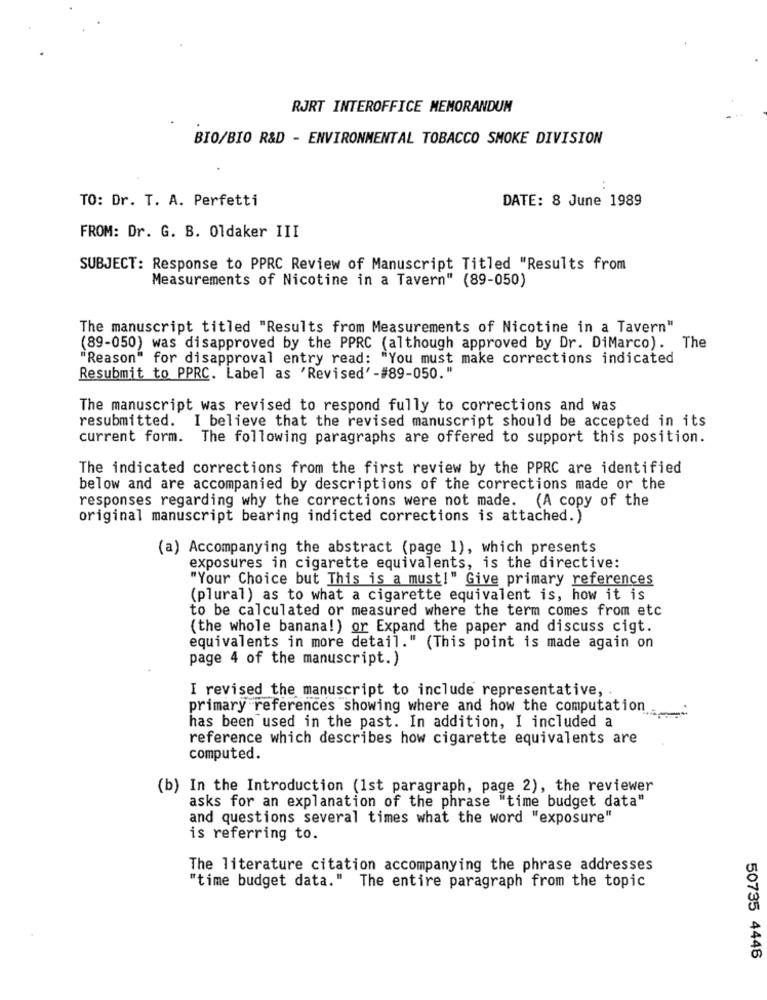
RJRT INTEROFFICE MEMORANDUM
BIO/BIO R&D - ENVIRONMENTAL TOBACCO SMOKE DIVISION
TO: Dr. T. A. Perfetti
DATE: 8 June 1989
FROM: Dr. G. B. Oldaker III
SUBJECT: Response to PPRC Review of Manuscript Titled "Results from
Measurements of Nicotine in a Tavern" (89-050)
The manuscript titled "Results from Measurements of Nicotine in a Tavern"
(89-050) was disapproved by the PPRC (although approved by Dr. DiMarco). The
"Reason" for disapproval entry read: "You must make corrections indicated
Resubmit to PPRC. Label as 'Revised' -#89-050."
The manuscript was revised to respond fully to corrections and was
resubmitted. I believe that the revised manuscript should be accepted in its
current form. The following paragraphs are offered to support this position.
The indicated corrections from the first review by the PPRC are identified
below and are accompanied by descriptions of the corrections made or the
responses regarding why the corrections were not made. (A copy of the
original manuscript bearing indicted corrections is attached.)
(a) Accompanying the abstract (page 1), which presents
exposures in cigarette equivalents, is the directive:
"Your Choice but This is a must!" Give primary references
(plural) as to what a cigarette equivalent is, how it is
to be calculated or measured where the term comes from etc
(the whole banana! ) or Expand the paper and discuss cigt.
equivalents in more detail." (This point is made again on
page 4 of the manuscript.)
I revised the manuscript to include representative,
primary references showing where and how the computation.
has been used in the past. In addition, I included a
reference which describes how cigarette equivalents are
computed.
(b) In the Introduction (1st paragraph, page 2), the reviewer
asks for an explanation of the phrase "time budget data"
and questions several times what the word "exposure"
is referring to.
The literature citation accompanying the phrase addresses
"time budget data." The entire paragraph from the topic
50735 4446